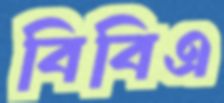
বিবিএ